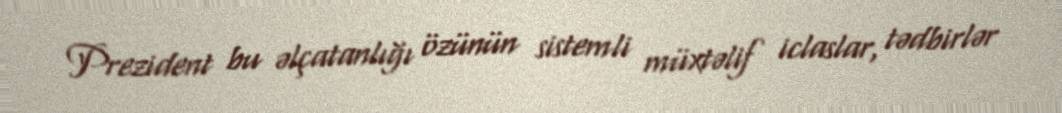
Prezident bu əlçatanlığı özünün sistemli müxtəlif iclaslar, tədbirlər